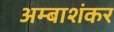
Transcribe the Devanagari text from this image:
अम्बाशंकर